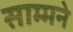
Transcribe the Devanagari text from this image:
साम्मने